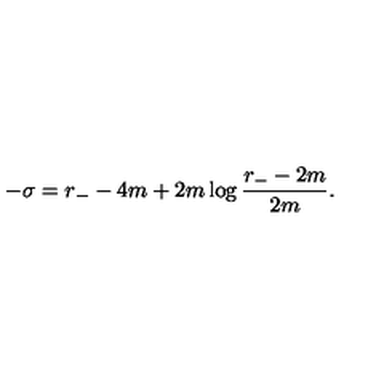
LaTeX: - \sigma = r _ { - } - 4 m + 2 m \log \frac { r _ { - } - 2 m } { 2 m } .